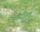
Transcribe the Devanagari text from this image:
ऑटोरेल